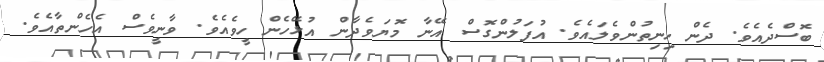
ބޮސްދެއެވެ. ދެން ހިނިތުންވެލައެވެ. އުފަލުންގޮސް އޭނާ މޮޔަވެދާން އުޅޭހެން ހީވެއެވެ. ވާނީވެސް އެހެންތާއެވެ.